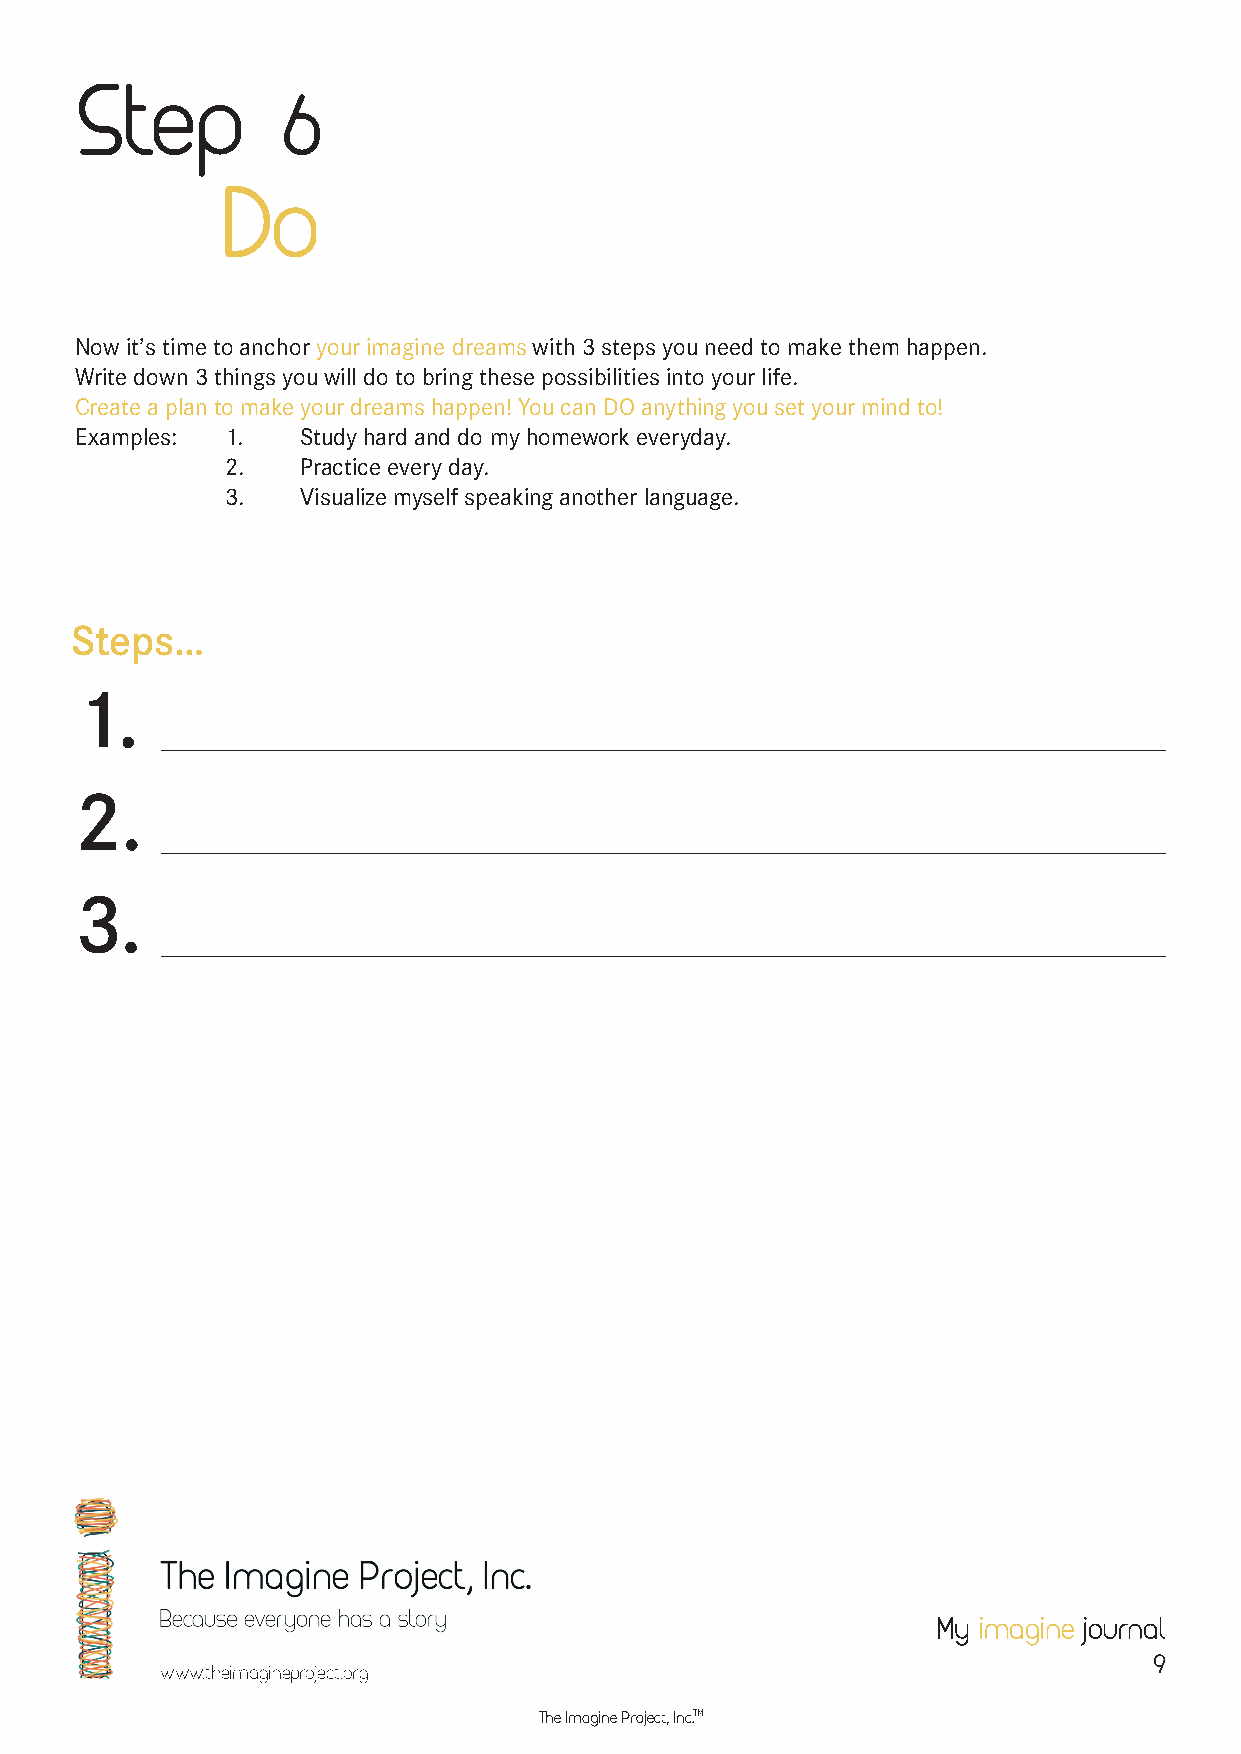
Step         6
 Do
 Now it’s time to anchor your imagine dreams with 3 steps you need to make them happen.
 Write down 3 things you will do to bring these possibilities into your life.
 Create a plan to make your dreams happen! You can DO anything you set your mind to!
 Examples: 1.   Study hard and do my homework everyday.
 2.   Practice every day.
 3.   Visualize myself speaking another language.
 Steps…
 1.
 2.
 3.
 My imagine journal
 9
 www.theimagineproject.org
 The Imagine Project, Inc.TM